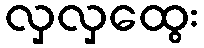
လှလှထွေး